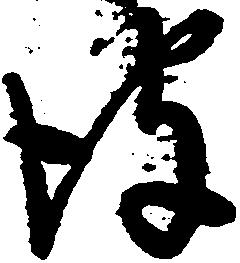
彼